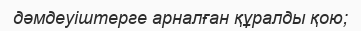
дәмдеуіштерге арналған құралды қою;